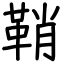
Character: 鞘